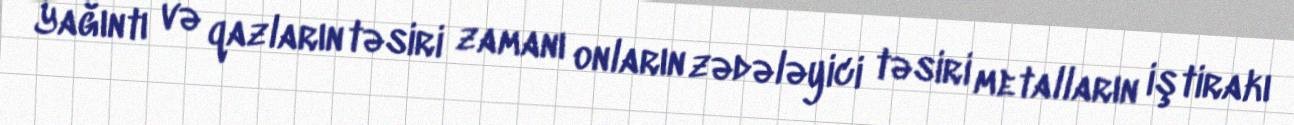
Yağıntı və qazların təsiri zamanı onların zədələyici təsiri metalların iştirakı